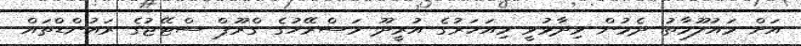
އަށް މައުލޫމާތު ދެމުން ވިދާޅުވީ މިއަހަރުގެ އުރީދޫ މަސްރޭހުގެ ގްރޫޕް ސްޓޭޖުގެ ރައުންޑްތައް